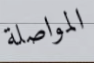
المواصلة